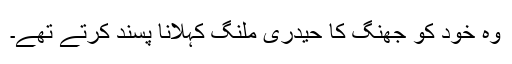
وہ خود کو جھنگ کا حیدری ملنگ کہلانا پسند کرتے تھے۔